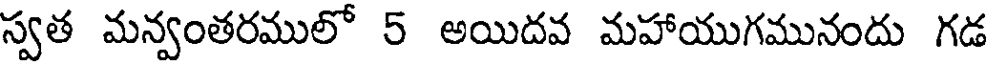
స్వత మన్వంతరములో 5 అయిదవ మహాయుగమునందు గడ